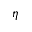
\eta